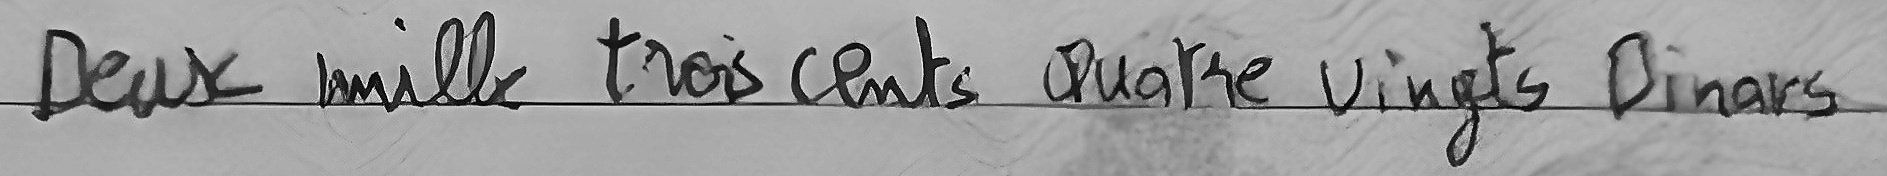
Deux mille trois cents Quatre vingts Dinars